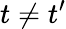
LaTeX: t\neq t^{\prime}